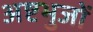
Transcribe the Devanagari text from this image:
अष्टभुजों